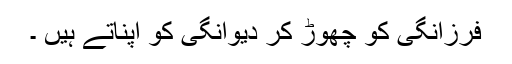
فرزانگی کو چھوڑ کر دیوانگی کو اپناتے ہیں ۔